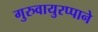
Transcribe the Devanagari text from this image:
गुरुवायुरप्पाने